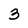
Character: 3